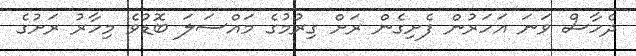
ދެހާސް ވަނަ އަހަރުން ފެށިގެން ރަށް ގިރުމުގެ މައްސަލަ ބޮޑުވެ މިހާރު ރަށުގެ